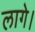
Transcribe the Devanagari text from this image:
लागे।